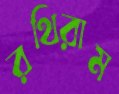
রথিরাম